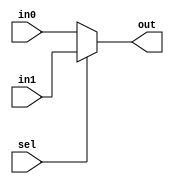
module mux2_3  (in0,in1,sel,out);
		
	input [2:0] in0;
	input [2:0] in1;
	input sel;
	output reg [2:0]out;
	
	always @(*)
		begin
			if(sel==1'b0) 			out<=in0;
			else if(sel==1'b1)  	out<=in1;
			else					out<=3'bzzz;
		end
endmodule